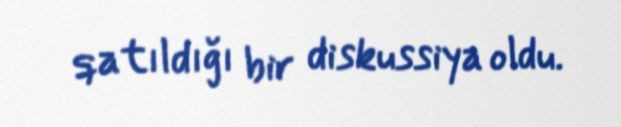
qatıldığı bir diskussiya oldu.